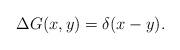
LaTeX: \begin{align*}\Delta G(x,y) = \delta (x-y). \end{align*}